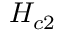
H _ { c 2 }